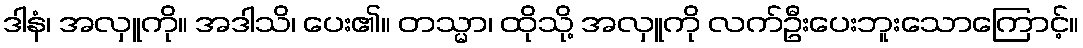
ဒါနံ၊ အလှူကို။ အဒါသိ၊ ပေး၏။ တသ္မာ၊ ထိုသို့ အလှူကို လက်ဦးပေးဘူးသောကြောင့်။